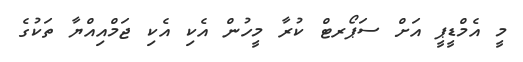
މީ އެމްޑީޕީ އަށް ސަޕޯރޓް ކުރާ މީހުން އެކި އެކި ޖަމްއިއްޔާ ތަކުގެ